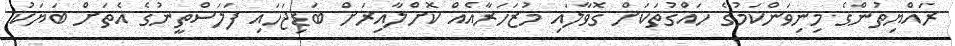
ރައްޔިތުންގެ މިނިވަންކަމުގެ ހައްގުތަކަށް ގޮވާލައި މުޒަހަރާއެއް ކޮށްލާއިރަށް ބަޑިޖަހައި ފަލަސްތީނުގެ އެތަށް ބަޔަކު